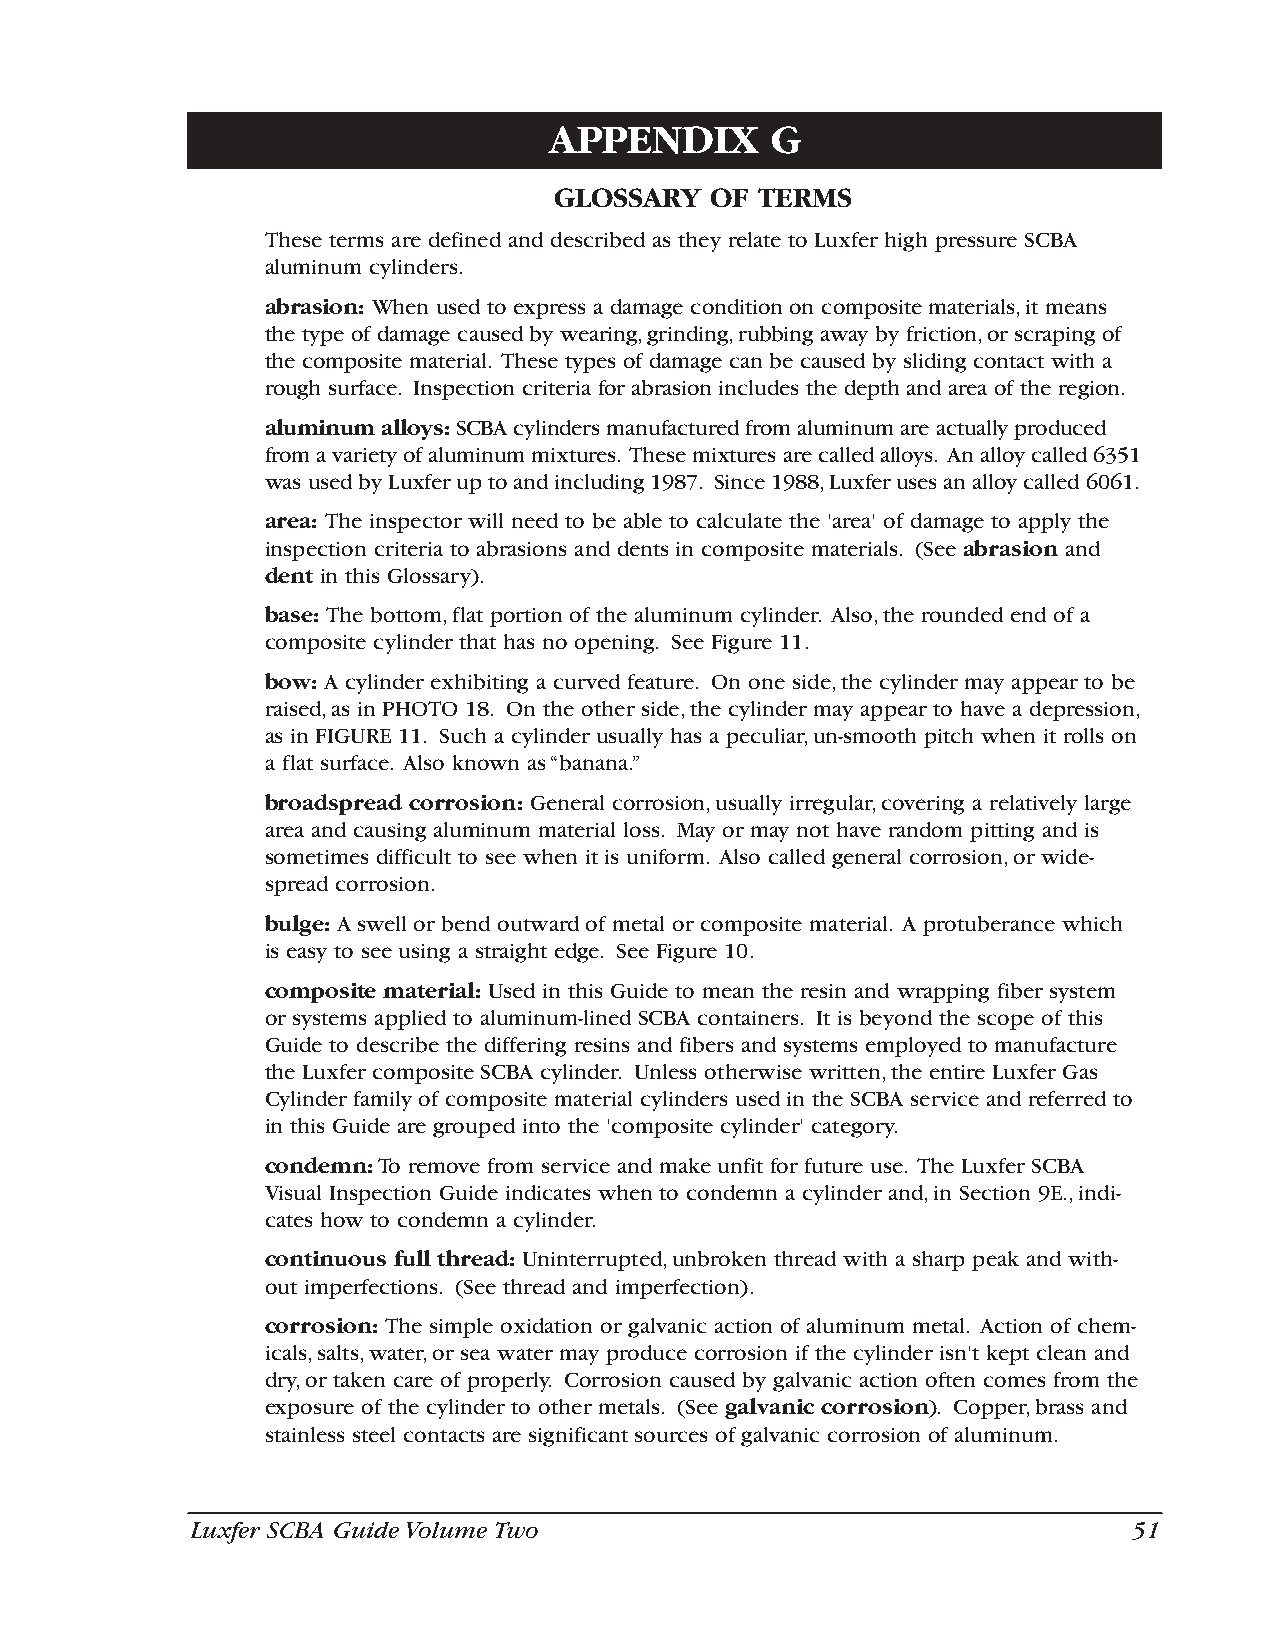
APPENDIX       G
 GLOSSARY  OF TERMS
 These terms are defined and described as they relate to Luxfer high pressure SCBA
 aluminum cylinders.
 abrasion: When used to express a damage condition on composite materials,it means
 the type of damage caused by wearing,grinding,rubbing away by friction,or scraping of
 the composite material. These types of damage can be caused by sliding contact with a
 rough surface. Inspection criteria for abrasion includes the depth and area of the region.
 aluminum alloys:SCBA cylinders manufactured from aluminum are actually produced
 from a variety of aluminum mixtures. These mixtures are called alloys. An alloy called 6351
 was used by Luxfer up to and including 1987. Since 1988,Luxfer uses an alloy called 6061.
 area: The inspector will need to be able to calculate the 'area' of damage to apply the
 inspection criteria to abrasions and dents in composite materials. (See abrasion and
 dent in this Glossary).
 base: The bottom,flat portion of the aluminum cylinder. Also,the rounded end of a
 composite cylinder that has no opening. See Figure 11.
 bow: A cylinder exhibiting a curved feature. On one side,the cylinder may appear to be
 raised,as in PHOTO 18. On the other side,the cylinder may appear to have a depression,
 as in FIGURE 11. Such a cylinder usually has a peculiar,un-smooth pitch when it rolls on
 a flat surface. Also known as “banana.”
 broadspread corrosion: General corrosion,usually irregular,covering a relatively large
 area and causing aluminum material loss. May or may not have random pitting and is
 sometimes difficult to see when it is uniform. Also called general corrosion,or wide-
 spread corrosion.
 bulge: A swell or bend outward of metal or composite material. A protuberance which
 is easy to see using a straight edge. See Figure 10.
 composite material: Used in this Guide to mean the resin and wrapping fiber system
 or systems applied to aluminum-lined SCBA containers. It is beyond the scope of this
 Guide to describe the differing resins and fibers and systems employed to manufacture
 the Luxfer composite SCBA cylinder. Unless otherwise written,the entire Luxfer Gas
 Cylinder family of composite material cylinders used in the SCBA service and referred to
 in this Guide are grouped into the 'composite cylinder' category.
 condemn:To remove from service and make unfit for future use. The Luxfer SCBA
 Visual Inspection Guide indicates when to condemn a cylinder and,in Section 9E.,indi-
 cates how to condemn a cylinder.
 continuous full thread: Uninterrupted,unbroken thread with a sharp peak and with-
 out imperfections. (See thread and imperfection).
 corrosion: The simple oxidation or galvanic action of aluminum metal. Action of chem-
 icals,salts,water,or sea water may produce corrosion if the cylinder isn't kept clean and
 dry,or taken care of properly. Corrosion caused by galvanic action often comes from the
 exposure of the cylinder to other metals. (See galvanic corrosion). Copper,brass and
 stainless steel contacts are significant sources of galvanic corrosion of aluminum.
 Luxfer SCBA Guide Volume Two                                  51